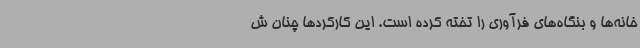
خانه‌‌ها و بنگاه‌های فرآوری را تخته کرده است. این کارکردها چنان ش